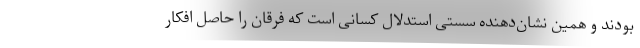
بودند و همین نشان‌دهنده سستی استدلال کسانی است که فرقان را حاصل افکار